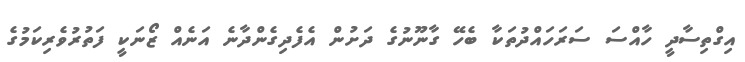
އިގްތިސާދީ ހާއްސަ ސަރަހައްދުތަކާ ބެހޭ ގާނޫނުގެ ދަށުން އެފެދިގެންދާނެ އަނެއް ޒޯނަކީ ފަތުރުވެރިކަމުގެ